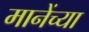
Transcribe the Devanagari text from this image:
मानेंच्या